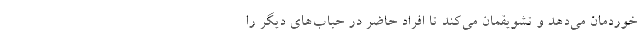
خوردمان می‌دهد و تشویقمان می‌کند تا افراد حاضر در حباب‌های دیگر را